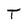
Character: T